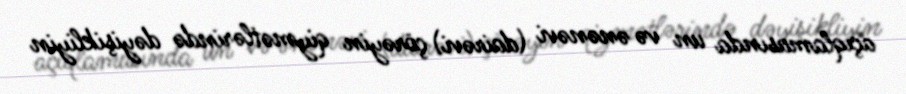
açıqlamasında un və ənənəvi (dairəvi) çörəyin qiymətlərində dəyişikliyin